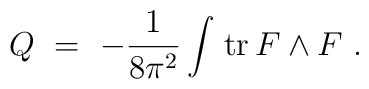
Q\ =\ -\frac{1}{8\pi^2} \int\!\;\textrm{tr}\,F\wedge F \ .